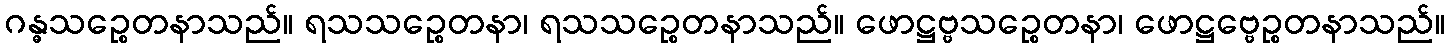
ဂန္ဓသဉ္စေတနာသည်။ ရသသဉ္စေတနာ၊ ရသသဉ္စေတနာသည်။ ဖောဋ္ဌဗ္ဗသဉ္စေတနာ၊ ဖောဋ္ဌဗ္ဗေဉ္စတနာသည်။